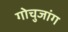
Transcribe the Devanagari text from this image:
गोचुजांग